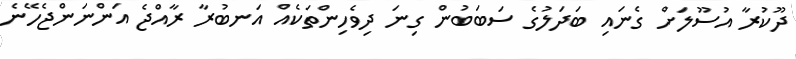
ދޫކުރާ އުސޫލަށް ގެނައި ބަދަލުގެ ސަބަބުން ގިނަ ދިވެހިންތަކެއް އަނބުރާ ރާއްޖެ އަންނަންޖެހޭނެ